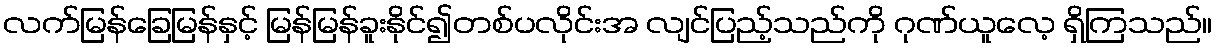
လက်မြန်ခြေမြန်နှင့် မြန်မြန်ခူးနိုင်၍တစ်ပလိုင်းအ လျင်ပြည့်သည်ကို ဂုဏ်ယူလေ့ ရှိကြသည်။